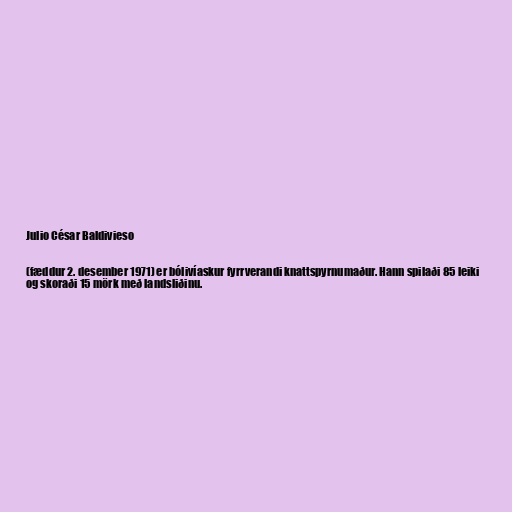
Julio César Baldivieso

(fæddur 2. desember 1971) er bólivíaskur fyrrverandi knattspyrnumaður. Hann spilaði 85 leiki
og skoraði 15 mörk með landsliðinu.